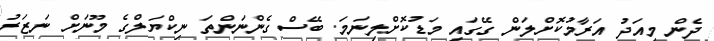
ދެން މިއަދު އަރާމުކޮށްލަން ގޭގައި މަޑުކޮށްލިނަމަ. ބޭސް ގެންނަންތަ ނިކްޔަލްގެ މޫނަށް ނަޒަރު